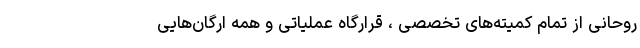
روحانی از تمام کمیته‌های تخصصی ، قرارگاه عملیاتی و همه ارگان‌هایی